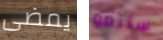
يمضى ستنمو